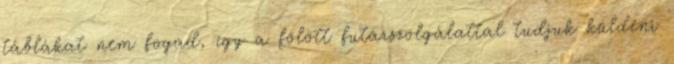
táblákat nem fogad, így a fölött futárszolgálattal tudjuk küldeni